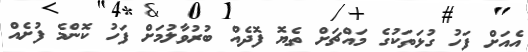
އެއަށް ފަހު ގުޅަތަކުގެ މައްޗަށް ތެޔޮ ފޮދެއް ބުރުވާލުމަށް ފަހު ކޮންމެ ފުށެއް